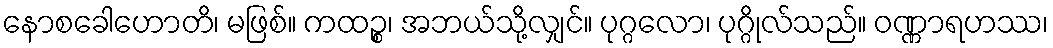
နောစခေါဟောတိ၊ မဖြစ်။ ကထဉ္စ၊ အဘယ်သို့လျှင်။ ပုဂ္ဂလော၊ ပုဂ္ဂိုလ်သည်။ ဝဏ္ဏာရဟဿ၊